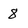
Character: 8